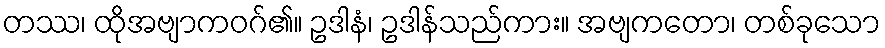
တဿ၊ ထိုအဗျာကဝဂ်၏။ ဥဒါနံ၊ ဥဒါန်သည်ကား။ အဗျကတော၊ တစ်ခုသော